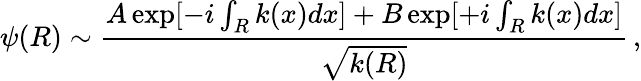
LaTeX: \psi(R)\sim\frac{A\exp[-i\int_{R}k(x)dx]+B\exp[+i\int_{R}k(x)dx]}{\sqrt{k(R)}}\, ,